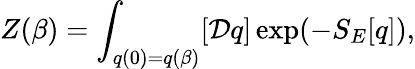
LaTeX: Z(\beta)=\int_{q(0)=q(\beta)}[{\mathcal D}q]\exp(-S_{E}[q]),